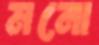
মনো